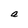
Character: a